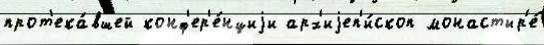
прот'ека́вшей конф'ер'е́нциjи арх'иjеп'и́скоп монастыр'е́